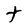
Character: t